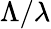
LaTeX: \Lambda/\lambda